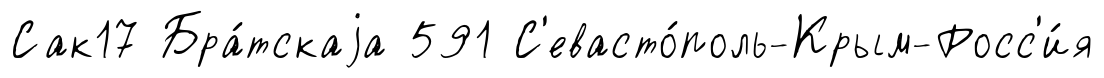
Сак17 Бра́тскаjа 591 С'евасто́поль-Крым-Росс'и́я